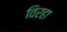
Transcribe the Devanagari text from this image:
विरहा